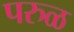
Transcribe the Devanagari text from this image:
परुळ